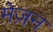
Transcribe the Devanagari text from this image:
मेज़न